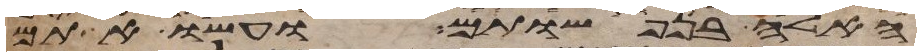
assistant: האלה בנפשותם ועשו אתם